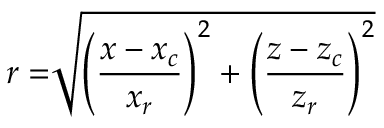
r = \sqrt [ ] { \left( \frac { x - x _ { c } } { x _ { r } } \right) ^ { 2 } + \left( \frac { z - z _ { c } } { z _ { r } } \right) ^ { 2 } }